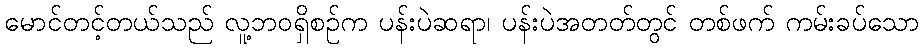
မောင်တင့်တယ်သည် လူ့ဘဝရှိစဉ်က ပန်းပဲဆရာ၊ ပန်းပဲအတတ်တွင် တစ်ဖက် ကမ်းခပ်သော